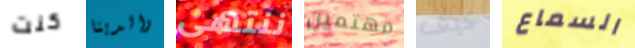
كنت والدينا ننتهى مهتمين كيف السماع